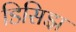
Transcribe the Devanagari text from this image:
डिसिझ